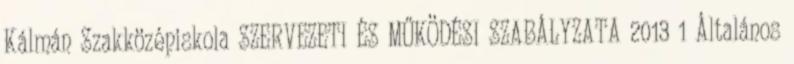
Kálmán Szakközépiskola SZERVEZETI ÉS MŰKÖDÉSI SZABÁLYZATA 2013 1 Általános